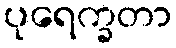
ပုရေက္ခတာ